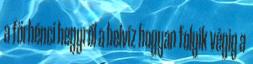
a förhénci hegyről a belvíz hogyan folyik végig a